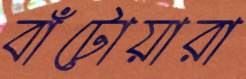
বাঁটোয়ারা